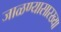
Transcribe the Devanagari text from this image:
जाळण्यासारख्या